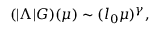
( | \Lambda | G ) ( \mu ) \sim ( l _ { 0 } \mu ) ^ { \gamma } ,